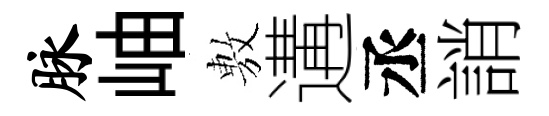
脉岫𢾾遘丞誚